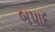
બપાદ